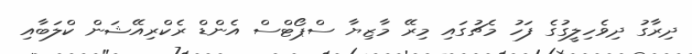
ދިރާގު ދިވެހިލީގުގެ ފަހު މެޗުގައި މިރޭ މާޒިޔާ ސްޕޯޓްސް އެންޑް ރެކްރިއޭޝަން ކްލަބާއި